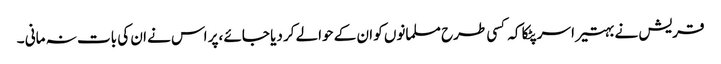
قریش نے بہتیرا سر پٹکا کہ کسی طرح مسلمانوں کو ان کے حوالے کر دیا جائے ،پر اس نے ان کی بات نہ مانی ۔